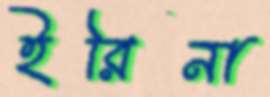
ইরিনা